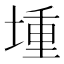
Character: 堹